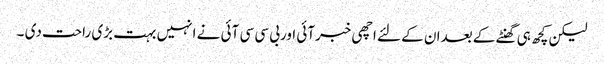
لیکن کچھ ہی گھنٹے کے بعدان کے لئے اچھی خبرآئی اوربی سی سی آئی نے انہیں بہت بڑی راحت دی ۔